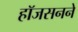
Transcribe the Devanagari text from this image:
हॉजसनने